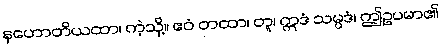
နဟောတိယထာ၊ ကဲ့သို့။ ဧဝံ တထာ၊ တူ၊ ဣဒံ သမ္ပဒံ၊ ဤဥပမာ၏